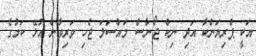
އަކީ ޕްރިޔަންކާ އަދި ނިކް ޖޯނާސް މައްސަލަ ޖެހި ވަރިވާން އުޅޭ ކަމުގެ